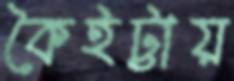
কৈইট্টায়